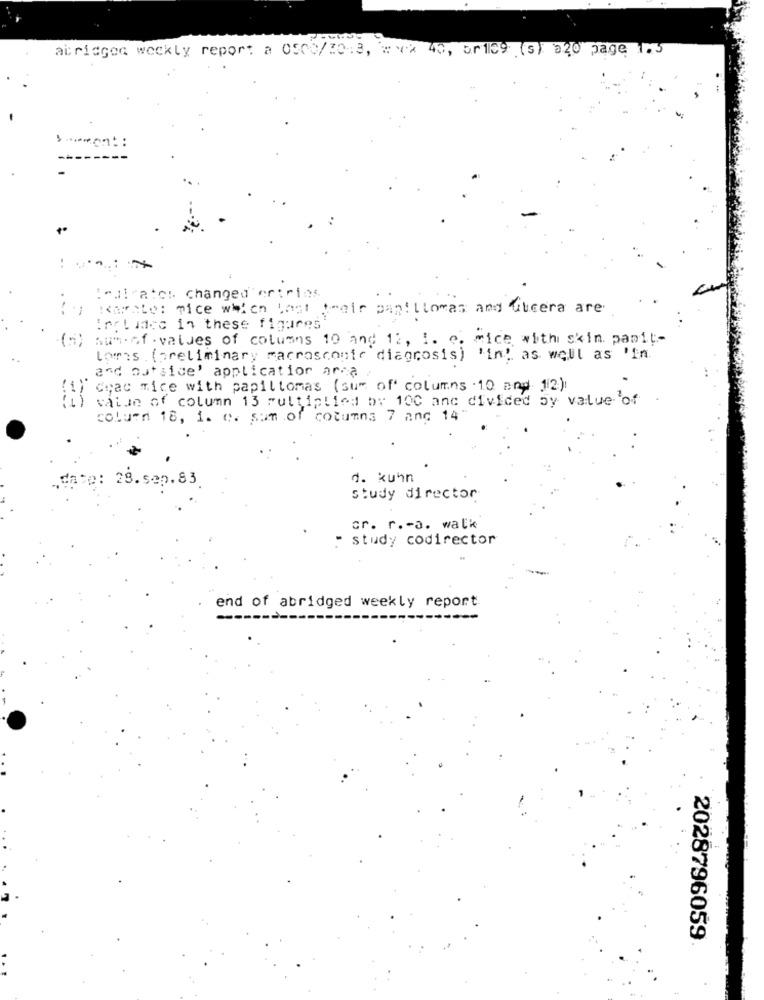
abridged weekly report a 0500/2013, 2 ** 40, br109 (s) 520 page 1.5
Sommont :
KaraLo: mice which Lost their pantitomas and ulcera are
:nglidec in these figures
Aun of values of columns 10 and 12, I. e. rice with skin. pasit-
Lowwas (preliminary macroscoute diagnosis) 'in! as well as 'in.
and outside' application arca
Ceac Tice with papiltomas (sum of columns 10 and 12)
value of column 13 multiplied by 10℃ anc divided by value of
column 18, 1. c. sum of columns 7 and 14
28.sep.83
d. kuhn
study director
cr. r .- a. walk
- study codirector
end of abridged weekly report
2028796059